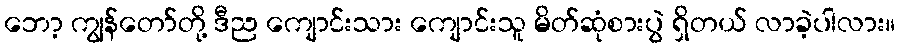
ဘော့ ကျွန်တော်တို့ ဒီည ကျောင်းသား ကျောင်းသူ မိတ်ဆုံစားပွဲ ရှိတယ် လာခဲ့ပါလား။